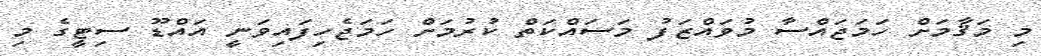
މި މަޤާމަށް ހަމަޖައްސާ މުވައްޒަފު މަސައްކަތް ކުރުމަށް ހަމަޖެހިފައިވަނީ އައްޑޫ ސިޓީގެ މި